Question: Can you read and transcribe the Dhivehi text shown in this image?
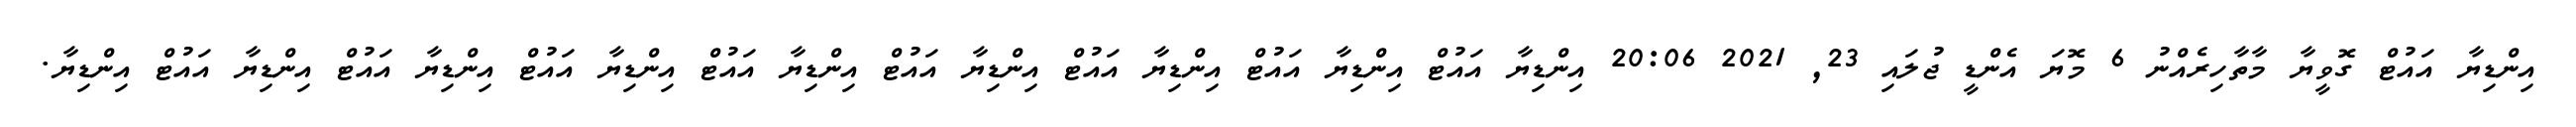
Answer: އިންޑިޔާ އައުޓް ގޮވީޔާ މާތާހިރެއްނު 6 މޮޔަ އެންޑީ ޖުލައި 23, 2021 20:06 އިންޑިޔާ އައުޓް އިންޑިޔާ އައުޓް އިންޑިޔާ އައުޓް އިންޑިޔާ އައުޓް އިންޑިޔާ އައުޓް އިންޑިޔާ އައުޓް އިންޑިޔާ އައުޓް އިންޑިޔާ އައުޓް އިންޑިޔާ.